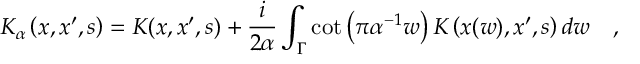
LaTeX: K _ { \alpha } \left( x , x ^ { \prime } , s \right) = K ( x , x ^ { \prime } , s ) + { \frac { i } { 2 \alpha } } \int _ { \Gamma } \cot \left( \pi \alpha ^ { - 1 } w \right) K \left( x ( w ) , x ^ { \prime } , s \right) d w ~ ~ ~ ,